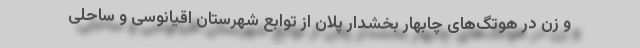
و زن در هوتگ‌های چابهار بخشدار پلان از توابع شهرستان اقیانوسی و ساحلی